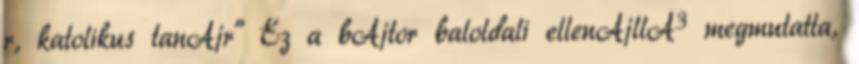
r, katolikus tanÃ¡r" Ez a bÃ¡tor baloldali ellenÃ¡llÃ³ megmutatta,